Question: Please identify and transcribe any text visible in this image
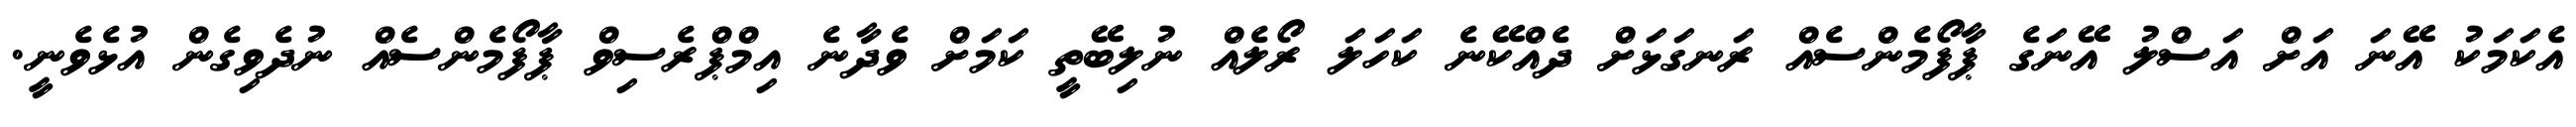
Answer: އެކަމަކު އޭނަ އަށް އަސްލު އޭނަގެ ޕާފޯމެންސެއް ރަނގަޅަށް ދެއްކޭނެ ކަހަލަ ރޯލެއް ނުލިބޭތީ ކަމަށް ވެދާނެ އިމްޕްރެސިވް ޕާފޯމެންސެއް ނުދެވިގެން އުޅެވެނީ.